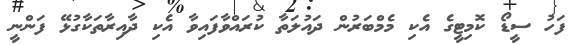
ފަހު ސީޑޯ ކޮމިޓީގެ އެކި މެމްބަރުން ދައުލަތާ ކުރައްވާފައިވާ އެކި ދާއިރާތަކާގުޅޭ ފަންނީ